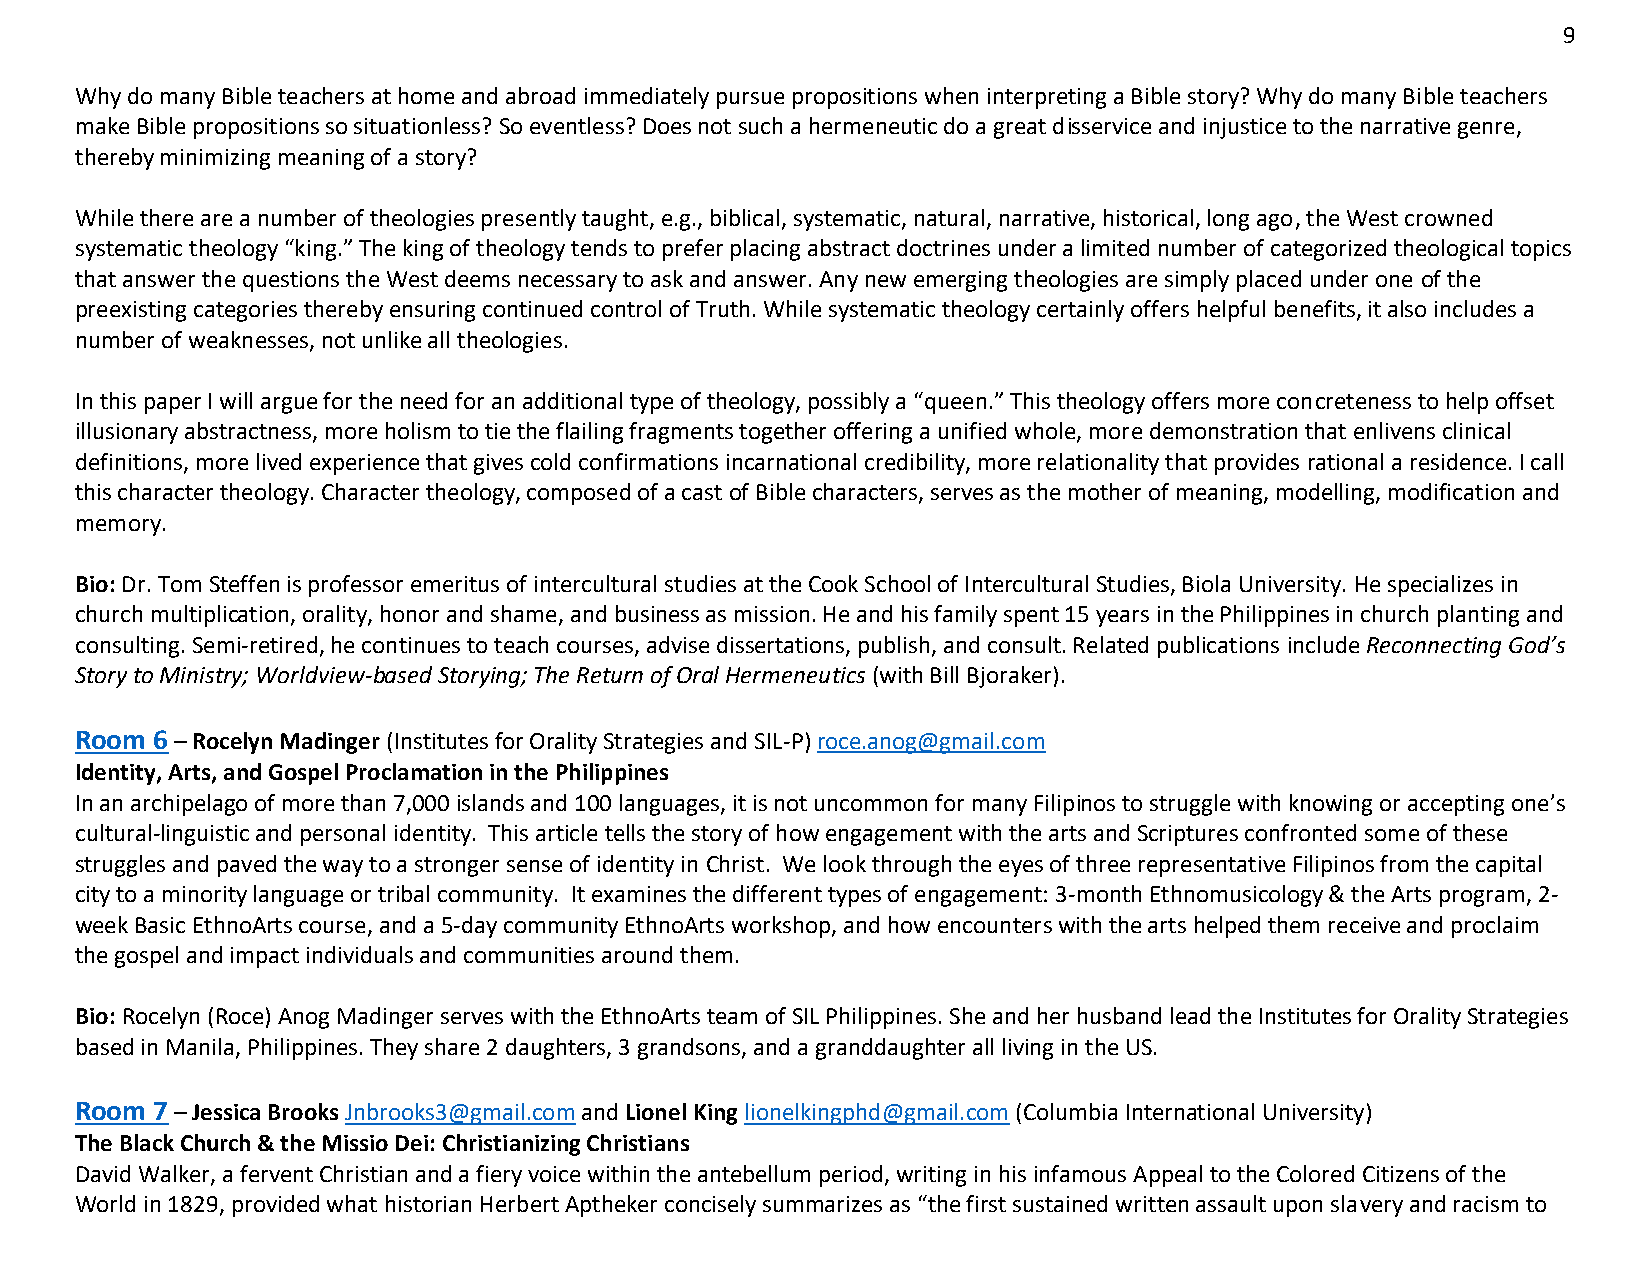
9
 Why do many Bible teachers at home and abroad immediately pursue propositions when interpreting a Bible story? Why do many Bible teachers
 make Bible propositions so situationless? So eventless? Does not such a hermeneutic do a great disservice and injustice to the narrative genre,
 thereby minimizing meaning of a story?
 While there are a number of theologies presently taught, e.g., biblical, systematic, natural, narrative, historical, long ago, the West crowned
 systematic theology “king.” The king of theology tends to prefer placing abstract doctrines under a limited number of categorized theological topics
 that answer the questions the West deems necessary to ask and answer. Any new emerging theologies are simply placed under one of the
 preexisting categories thereby ensuring continued control of Truth. While systematic theology certainly offers helpful benefits, it also includes a
 number of weaknesses, not unlike all theologies.
 In this paper I will argue for the need for an additional type of theology, possibly a “queen.” This theology offers more concreteness to help offset
 illusionary abstractness, more holism to tie the flailing fragments together offering a unified whole, more demonstration that enlivens clinical
 definitions, more lived experience that gives cold confirmations incarnational credibility, more relationality that provides rational a residence. I call
 this character theology. Character theology, composed of a cast of Bible characters, serves as the mother of meaning, modelling, modification and
 memory.
 Bio: Dr. Tom Steffen is professor emeritus of intercultural studies at the Cook School of Intercultural Studies, Biola University. He specializes in
 church multiplication, orality, honor and shame, and business as mission. He and his family spent 15 years in the Philippines in church planting and
 consulting. Semi-retired, he continues to teach courses, advise dissertations, publish, and consult. Related publications include Reconnecting God’s
 Story to Ministry; Worldview-based Storying; The Return of Oral Hermeneutics (with Bill Bjoraker).
 Room 6 – Rocelyn Madinger (Institutes for Orality Strategies and SIL-P) roce.anog@gmail.com
 Identity, Arts, and Gospel Proclamation in the Philippines
 In an archipelago of more than 7,000 islands and 100 languages, it is not uncommon for many Filipinos to struggle with knowing or accepting one’s
 cultural-linguistic and personal identity. This article tells the story of how engagement with the arts and Scriptures confronted some of these
 struggles and paved the way to a stronger sense of identity in Christ. We look through the eyes of three representative Filipinos from the capital
 city to a minority language or tribal community. It examines the different types of engagement: 3-month Ethnomusicology & the Arts program, 2-
 week Basic EthnoArts course, and a 5-day community EthnoArts workshop, and how encounters with the arts helped them receive and proclaim
 the gospel and impact individuals and communities around them.
 Bio: Rocelyn (Roce) Anog Madinger serves with the EthnoArts team of SIL Philippines. She and her husband lead the Institutes for Orality Strategies
 based in Manila, Philippines. They share 2 daughters, 3 grandsons, and a granddaughter all living in the US.
 Room 7 – Jessica Brooks Jnbrooks3@gmail.com and Lionel King lionelkingphd@gmail.com (Columbia International University)
 The Black Church & the Missio Dei: Christianizing Christians
 David Walker, a fervent Christian and a fiery voice within the antebellum period, writing in his infamous Appeal to the Colored Citizens of the
 World in 1829, provided what historian Herbert Aptheker concisely summarizes as “the first sustained written assault upon slavery and racism to